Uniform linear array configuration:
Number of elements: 12
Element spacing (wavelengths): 0.75
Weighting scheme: blackman
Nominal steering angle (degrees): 60
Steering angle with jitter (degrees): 59.122
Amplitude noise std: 0.05
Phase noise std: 0.05

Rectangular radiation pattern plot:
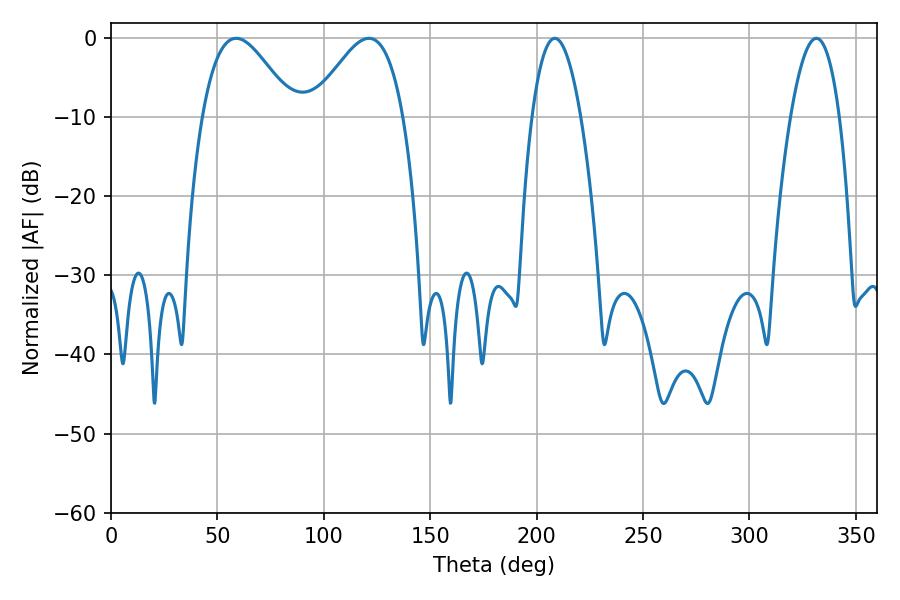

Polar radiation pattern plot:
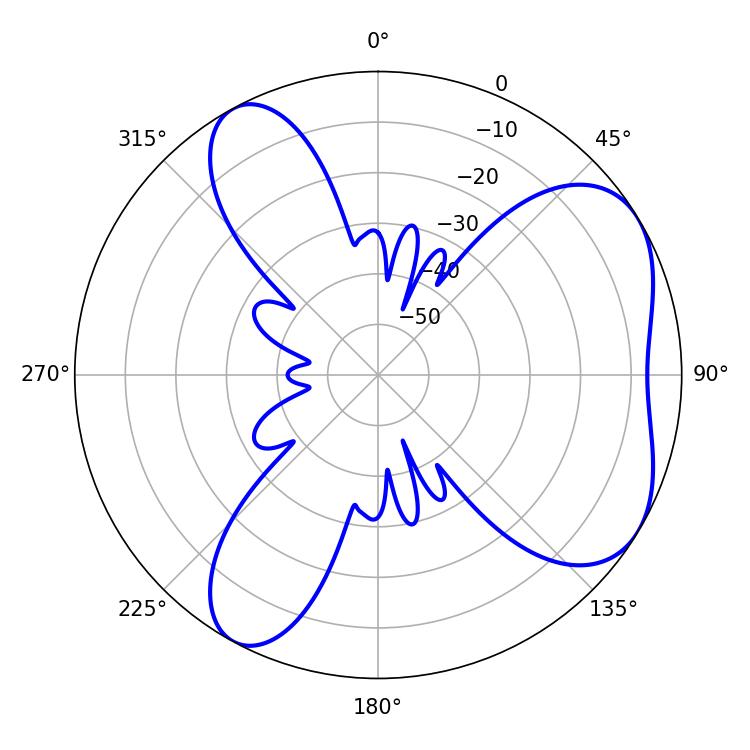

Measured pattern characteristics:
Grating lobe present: TRUE
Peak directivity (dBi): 5.513
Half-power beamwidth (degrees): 23.04
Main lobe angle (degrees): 58.86